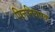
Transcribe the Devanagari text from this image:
पित्तनिवारक